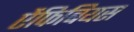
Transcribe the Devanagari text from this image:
ऐंफिबियस